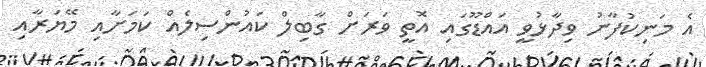
އެ މަނިކުފާނު ވިދާޅުވީ އައްޑޫގައި އޮތީ ވަރަށް ގާބިލް ކައުންސިލެއް ކަމަށާއި މޭޔަރާއި